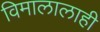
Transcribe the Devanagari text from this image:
विमालालाही